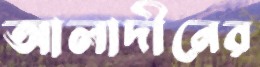
আলাদীনের